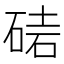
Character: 𥓩